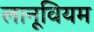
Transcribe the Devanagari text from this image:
लानूवियम